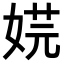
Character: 𡝴